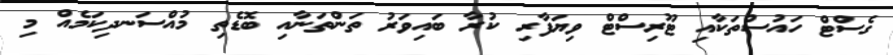
ގެސްޓް ހައުސްތަކާއި ޓޫރިސްޓް ވިޔަފާރި ކުރާ ބައިވަރު ތަންތަނާއި ބޮޑެތި މުއްސަނދިކަމެއް މި